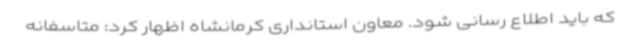
که باید اطلاع رسانی شود. معاون استانداری کرمانشاه اظهار کرد: متاسفانه